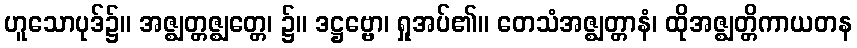
ဟူသောပုဒ်၌။ အဇ္ဈတ္တဇ္ဈတ္တေ၊ ၌။ ဒဋ္ဌဗ္ဗော၊ ရှုအပ်၏။ တေသံအဇ္ဈတ္တာနံ၊ ထိုအဇ္ဈတ္တိကာယတန